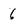
Character: 6